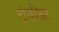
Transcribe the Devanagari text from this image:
ट्रांसजिट